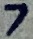
Text: 7